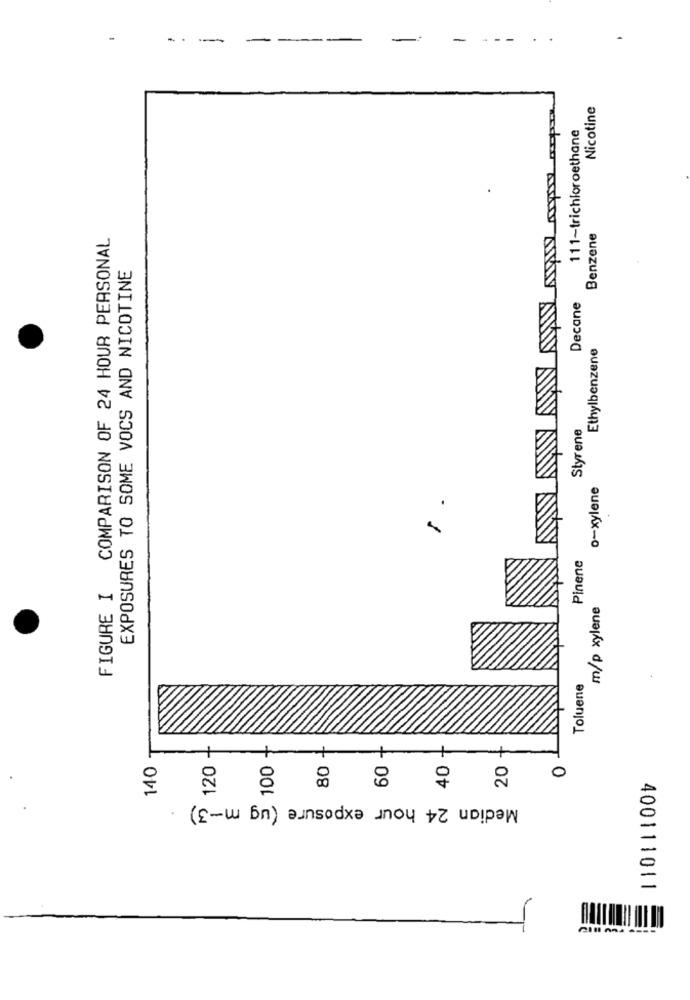
-
-
Nicotine
111-trichloroethane
COMPARISON OF 24 HOUR PERSONAL
Benzene
EXPOSURES TO SOME VOCS AND NICOTINE
Decane
Ethylbenzene
Styrene
o-xylene
Pinene
FIGURE I
m/p xylene
Toluene
40 +
+
60 +
140
120
100
80
20
0
Median 24 hour exposure (ug m-3)
400111011